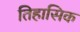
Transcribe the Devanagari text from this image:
तिहासिक